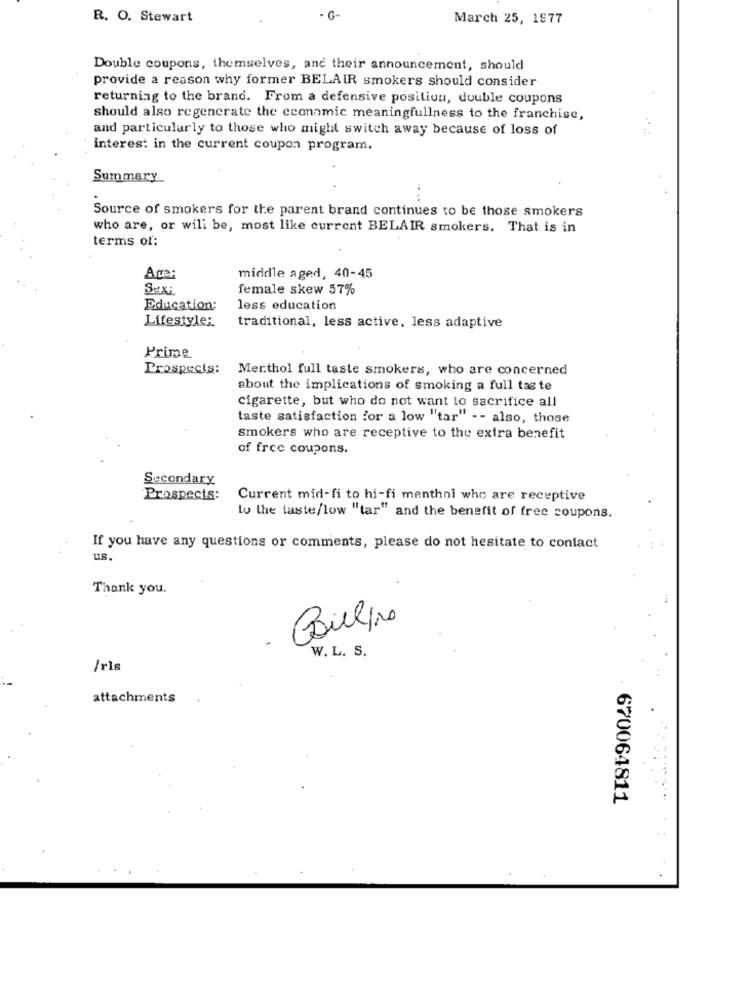
R. O. Stewart
- G-
March 25, 1977
Double coupons, themselves, and their announcement, should
provide a reason why former BELAIR smokers should consider
returning to the brand. From a defensive position, double coupons
should also regenerate the economic meaningfullness to the franchise,
and particularly to those who might switch away because of loss of
interes: in the current coupon program.
Summary
....
Source of smokers for the parent brand continues to be those smokers
who are, or will be, most like current BELAIR smokers. That is in
terms of:
Age:
middle aged, 40-45
Sex:
female skew 57%
Education:
less education
Lifestyle:
traditional, less active, less adaptive
Prime
Prospects:
Mer.thol full taste smokers, who are concerned
about the implications of smoking a full taste
cigarette, but who do not want to sacrifice all
taste satisfaction for a low "tar" - - also, those
Smokers who are receptive to the extra benefit
of free coupons.
Secondary
Prospects:
Current mid-fi to hi-fi menthol who are receptive
to the taste/low "tar" and the benefit of free coupons.
If you have any questions or comments, please do not hesitate to contact
us.
Thank you.
9
Billing
-
W. L. S.
/rls
attachments
670064811